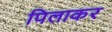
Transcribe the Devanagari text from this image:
पिलाकर